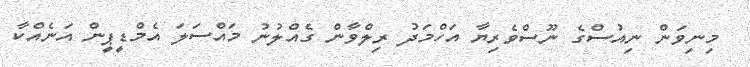
މިނިވަން ނިއުސްގެ ނޫސްވެރިޔާ އަހްމަދު ރިލްވާން ގެއްލުނު މައްސަލަ އެމްޑީޕީން އަނެއްކާ